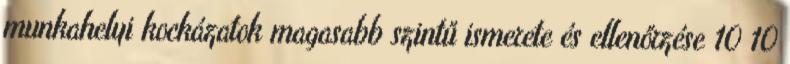
munkahelyi kockázatok magasabb szintű ismerete és ellenőrzése 10 10